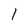
Character: l